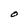
Character: O